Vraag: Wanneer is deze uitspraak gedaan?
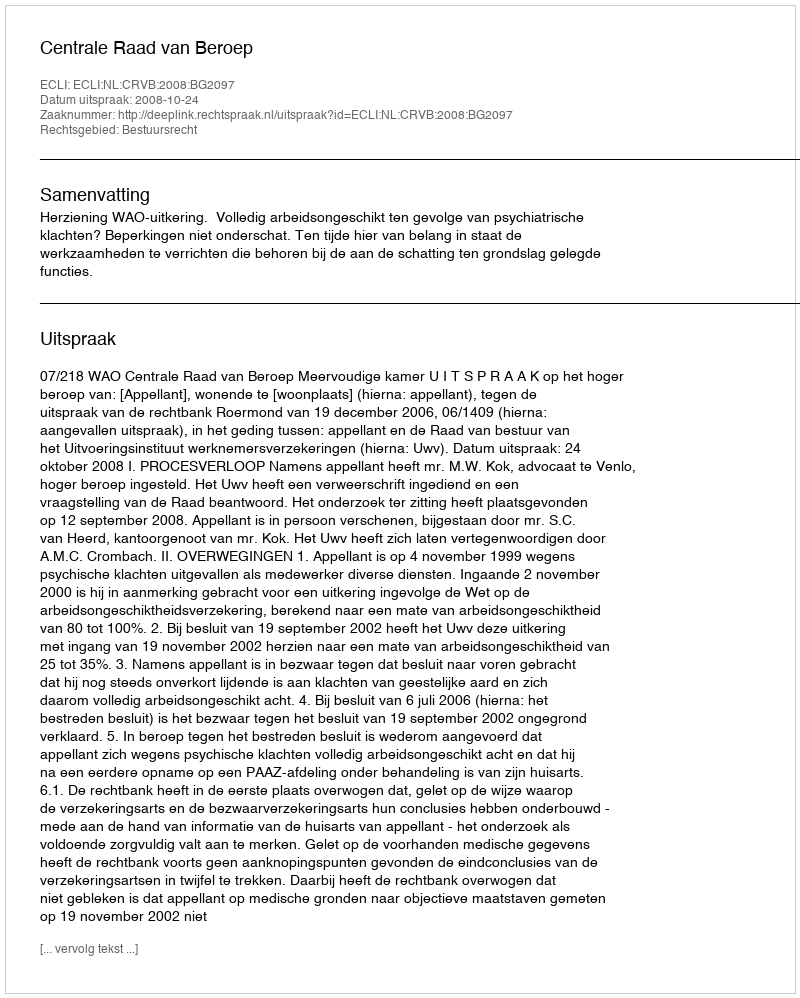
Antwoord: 2008-10-24